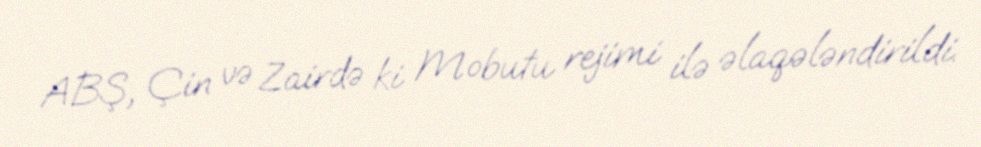
ABŞ, Çin və Zairdə ki Mobutu rejimi ilə əlaqələndirildi.